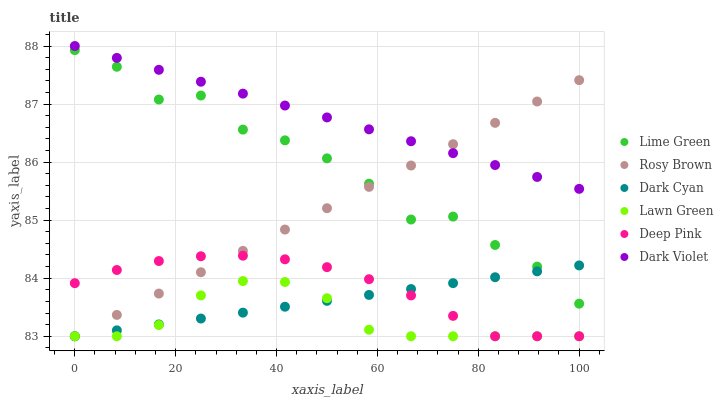
| xaxis_label | Lime Green | Rosy Brown | Dark Cyan | Lawn Green | Deep Pink | Dark Violet |
 | --- | --- | --- | --- | --- | --- | --- |
 | 0 | 87.9 | 83 | 83 | 83 | 83.9 | 88 |
 | 8.33 | 87.6 | 83.4 | 83.1 | 83 | 84.1 | 87.8 |
 | 16.7 | 87.1 | 83.7 | 83.2 | 83.2 | 84.3 | 87.6 |
 | 25 | 87.1 | 84.1 | 83.3 | 83.7 | 84.4 | 87.4 |
 | 33.3 | 86.6 | 84.5 | 83.4 | 84 | 84.4 | 87.2 |
 | 41.7 | 86.4 | 84.8 | 83.5 | 83.9 | 84.3 | 87 |
 | 50 | 86.1 | 85.2 | 83.6 | 83.7 | 84.2 | 86.8 |
 | 58.3 | 85.6 | 85.6 | 83.7 | 83.1 | 84 | 86.6 |
 | 66.7 | 85 | 85.9 | 83.8 | 83 | 83.7 | 86.4 |
 | 75 | 85.1 | 86.3 | 83.9 | 83 | 83.4 | 86.2 |
 | 83.3 | 84.6 | 86.7 | 84 | 83 | 83 | 85.9 |
 | 91.7 | 84.2 | 87 | 84.1 | 83 | 83 | 85.7 |
 | 100 | 83.6 | 87.4 | 84.2 | 83 | 83 | 85.5 |